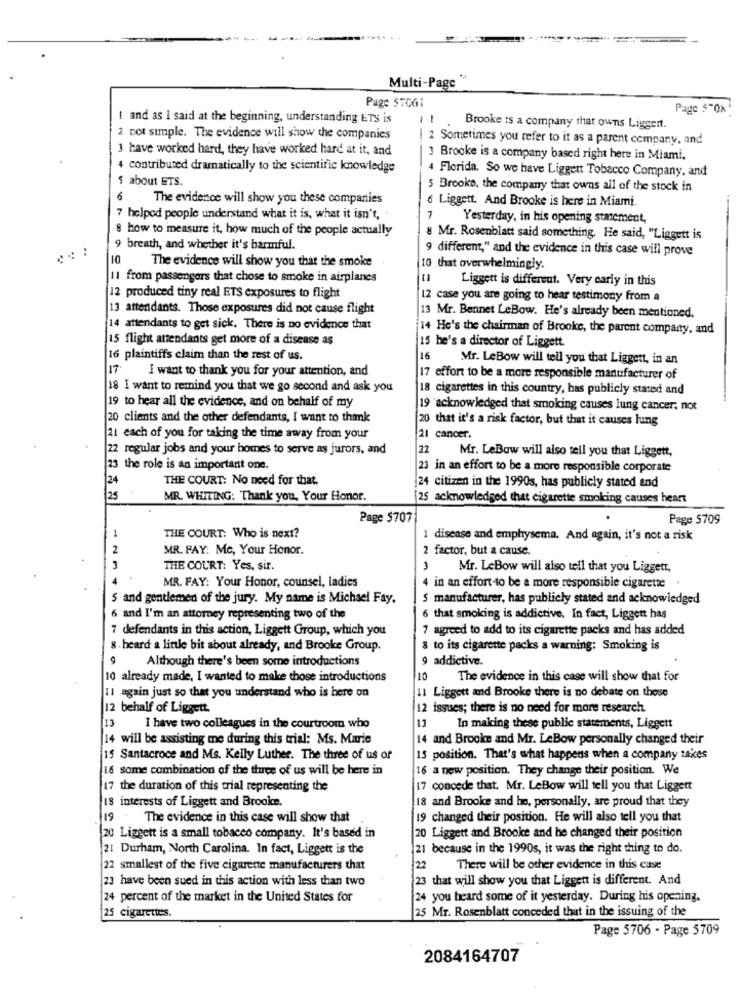
Multi-Page
Page 570G1
Page 5-0k
I and as I said at the beginning, understanding ETS is
11
Brooke is a company that owns Liggert.
2 not simple. The evidence will show the companies
| 2 Sometimes you refer to it as a parent company, and
3 have worked hard, they have worked hard at it, and
3 Brooke is a company based right here in Miami,
4 contributed dramatically to the scientific knowledge
4 Florida. So we have Liggett Tobacco Company, and
1 about ETS.
5 Brooks, the company that owns all of the stock in
6
The evidence will show you these companies
6 Liggett. And Brooke is here in Miami.
7 helped people understand what it is, what it isn't,
7
Yesterday, in his opening statement,
8 how to measure it, how much of the people actually
8 Mr. Rosenblatt said something. He said, "Liggett is
..
9 breath, and whether it's harmful.
9 different," and the evidence in this case will prove
10
The evidence will show you that the smoke
10 that overwhelmingly.
1 from passengers that chose to smoke in airplanes
Liggett is different. Very carly in this
12 produced tiny real ETS exposures to flight
12 case you are going to hear testimony from a
13 attendants. Those exposures did not cause flight
13 Mr. Bennet LeBow. He's already been mentioned.
14 attendants to get sick, There is no evidence that
14 He's the chairman of Brooke, the parent company, and
15 flight attendants get more of a disease as
15 he's a director of Liggett.
16 plaintiffs claim than the rest of us.
16
Mr. LeBow will tell you that Liggett, in an
17
I want to thank you for your attention, and
17 effort to be a more responsible manufacturer of
18 I want to remind you that we go second and ask you
18 cigarettes in this country, has publicly stated and
19 to hear all the evidence, and on behalf of my
19 acknowledged that smoking causes lung cancer, not
20 clients and the other defendants, I want to thank
20 that it's a risk factor, but that it causes lung
21 each of you for taking the time away from your
21 cancer.
22 regular jobs and your homes to serve as jurors, and
22
Mr. LeBow will also tell you that Liggett,
3 the role is an important one.
23 in an effort to be a more responsible corporate
24
THE COURT: No need for that.
24 citizen in the 1990s, has publicly stated and
25
MR. WHITING: Thank you, Your Honor.
[25 acknowledged that cigarette smoking causes heart
Page 5707
Page $709
-
THE COURT: Who is next?
1 disease and emphysema. And again, it's not a risk
2
MR. FAY: Mc, Your Honor.
2 factor, but a cause.
THE COURT: Yes, sir.
Mr. LeBow will also tell that you Liggett,
MR. FAY: Your Honor, counsel, ladies
4 in an effort to be a more responsible cigarette
5
and gentlemen of the jury. My name is Michael Fay.
S manufacturer, has publicly stated and acknowledged
6 and I'm an attorney representing two of the
6 that smoking is addictive. In fact, Liggett has
7 defendants in this action, Liggett Group, which you
7 agreed to add to its cigarette packs and has added
8 . heard a little bit about already, and Brooke Group.
8 to its cigarette packs a warning: Smoking is
9
Although there's been some introductions
9 addictive.
10
already made, I wanted to make those introductions
10
The evidence in this case will show that for
11 again just so that you understand who is here on
1 Liggett and Brooke there is no debate on these
12 behalf of Liggett.
12 issues; there is no need for more research.
13
I have two colleagues in the courtroom who
13
In making these public statements, Liggett
14 will be assisting me during this trial: Ms. Marie
14 and Brooke and Mr. LeBow personally changed their
15 Santacroce and Ms. Kelly Luther. The three of us or
13 position. That's what happens when a company takes
16 some combination of the three of us will be here in
16 a new position. They change their position. We
17 the duration of this trial representing the
17 concede that. Mr. LeBow will tell you that Liggett
18 interests of Liggett and Brooke.
18 and Brooke and he, personally, are proud that they
19
The evidence in this case will show that
19 changed their position. He will also tell you that
20 Liggett is a small tobacco company. It's based in
20 Liggett and Brooke and he changed their position
21 Durham, North Carolina. In fact, Liggett is the
21 because in the 1990s, it was the right thing to do.
22 smallest of the five cigarette manufacturers that
22
There will be other evidence in this case
23 have been sued in this action with less than two
that will show you that Liggett is different. And
24 percent of the market in the United States for
24 you heard some of it yesterday. During his opening,
25 cigarettes.
25 Mr. Rosenblatt conceded that in the issuing of the
Page 5706 - Page 5709
2084164707